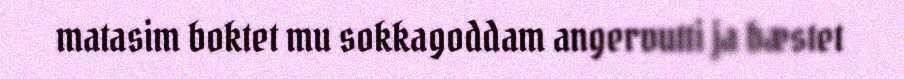
matasim boktet mu sokkagoddam angervutti ja bæstet